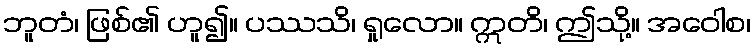
ဘူတံ၊ ဖြစ်၏ ဟူ၍။ ပဿသိ၊ ရှုလော။ ဣတိ၊ ဤသို့။ အဝေါစ၊